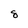
Character: 8